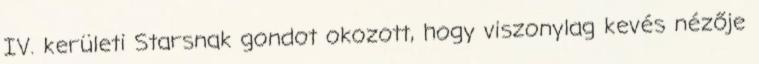
IV. kerületi Starsnak gondot okozott, hogy viszonylag kevés nézője